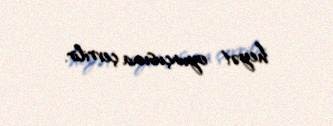
heyət oyunçusuna çevrilir.